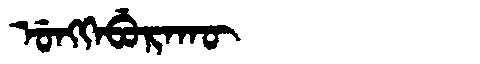
Manchu: ᡠᠩᡴᡝᠪᡠᡵᠠᡴᡡ
Romanization: UNGKEBURAKŪ